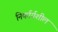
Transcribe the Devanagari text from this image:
निर्कार्यशील